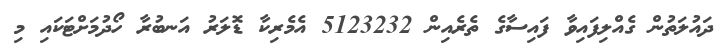
ދައުލަތުން ގެއްލިފައިވާ ފައިސާގެ ތެރެއިން 5123232 އެމެރިކާ ޑޮލަރު އަނބުރާ ހޯދުމަށްޓަކައި މި